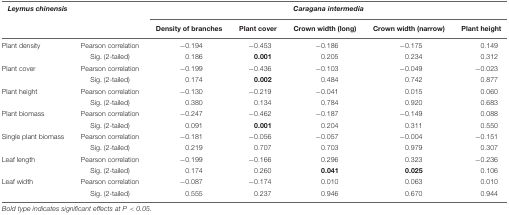
<table><thead><tr><td colspan="2"><b><i>Leymus chinensis</i></b></td><td colspan="5"><b><i>Caragana intermedia</i></b></td></tr><tr><td></td><td></td><td><b>Density of branches</b></td><td><b>Plant cover</b></td><td><b>Crown width (long)</b></td><td><b>Crown width (narrow)</b></td><td><b>Plant height</b></td></tr></thead><tbody><tr><td>Plant density</td><td>Pearson correlation</td><td>-0.194</td><td>-0.453</td><td>-0.186</td><td>-0.175</td><td>0.149</td></tr><tr><td></td><td>Sig. (2-tailed)</td><td>0.186</td><td><b>0.001</b></td><td>0.205</td><td>0.234</td><td>0.312</td></tr><tr><td>Plant cover</td><td>Pearson correlation</td><td>-0.199</td><td>-0.436</td><td>-0.103</td><td>-0.049</td><td>-0.023</td></tr><tr><td></td><td>Sig. (2-tailed)</td><td>0.174</td><td><b>0.002</b></td><td>0.484</td><td>0.742</td><td>0.877</td></tr><tr><td>Plant height</td><td>Pearson correlation</td><td>-0.130</td><td>-0.219</td><td>-0.041</td><td>0.015</td><td>0.060</td></tr><tr><td></td><td>Sig. (2-tailed)</td><td>0.380</td><td>0.134</td><td>0.784</td><td>0.920</td><td>0.683</td></tr><tr><td>Plant biomass</td><td>Pearson correlation</td><td>-0.247</td><td>-0.462</td><td>-0.187</td><td>-0.149</td><td>0.088</td></tr><tr><td></td><td>Sig. (2-tailed)</td><td>0.091</td><td><b>0.001</b></td><td>0.204</td><td>0.311</td><td>0.550</td></tr><tr><td>Single plant biomass</td><td>Pearson correlation</td><td>-0.181</td><td>-0.056</td><td>-0.057</td><td>-0.004</td><td>-0.151</td></tr><tr><td></td><td>Sig. (2-tailed)</td><td>0.219</td><td>0.707</td><td>0.703</td><td>0.979</td><td>0.307</td></tr><tr><td>Leaf length</td><td>Pearson correlation</td><td>-0.199</td><td>-0.166</td><td>0.296</td><td>0.323</td><td>-0.236</td></tr><tr><td></td><td>Sig. (2-tailed)</td><td>0.174</td><td>0.260</td><td><b>0.041</b></td><td><b>0.025</b></td><td>0.106</td></tr><tr><td>Leaf width</td><td>Pearson correlation</td><td>-0.087</td><td>-0.174</td><td>0.010</td><td>0.063</td><td>0.010</td></tr><tr><td></td><td>Sig. (2-tailed)</td><td>0.555</td><td>0.237</td><td>0.946</td><td>0.670</td><td>0.944</td></tr></tbody></table>